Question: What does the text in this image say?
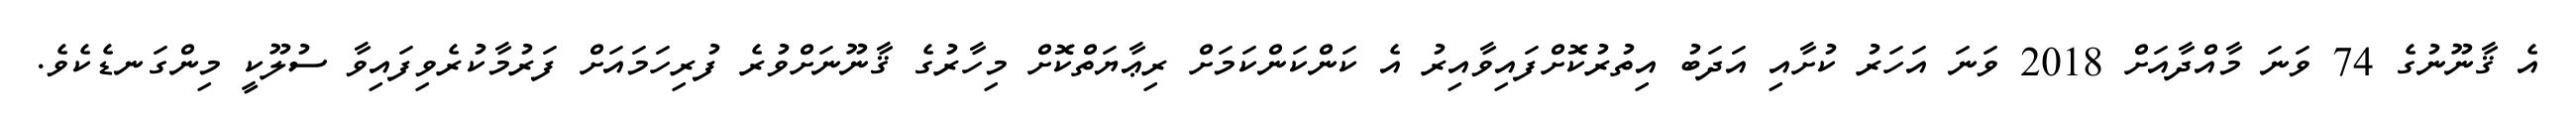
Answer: އެ ޤާނޫނުގެ 74 ވަނަ މާއްދާއަށް 2018 ވަނަ އަހަރު ކުށާއި އަދަބު އިތުރުކޮށްފައިވާއިރު އެ ކަންކަންކަމަށް ރިޢާޔަތްކޮށް މިހާރުގެ ޤާނޫނަށްވުރެ ފުރިހަމައަށް ފަރުމާކުރެވިފައިވާ ސުލޫކީ މިންގަނޑެކެވެ.